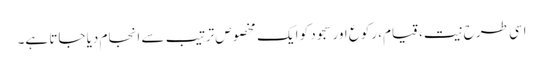
اسی طرح نیت، قیام، رکوع اور سجود کو ایک مخصوص ترتیب سے انجام دیا جاتا ہے۔